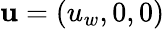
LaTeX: \mathbf{u}=(u_{w},0,0)